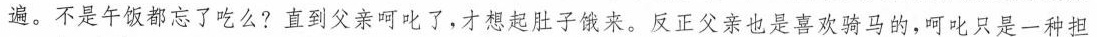
遍。不是午饭都忘了吃么？直到老父呵叱了，才想起肚子饿来。反正父亲也是喜欢骑马的，呵叱那只是一种担